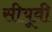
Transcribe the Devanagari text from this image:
सीयूवी